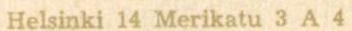
Helsinki 14 Merikatu 3 A 4